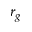
r _ { g }